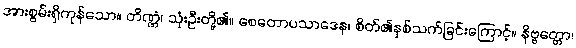
အားစွမ်းရှိကုန်သော။ တိဏ္ဏံ၊ သုံးဦးတို့၏။ စေတောပသာဒေန၊ စိတ်၏နှစ်သက်ခြင်းကြောင့်။ နိဗ္ဗတ္တော၊